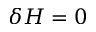
\delta H = 0